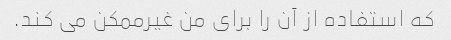
که استفاده از آن را برای من غیرممکن می کند.